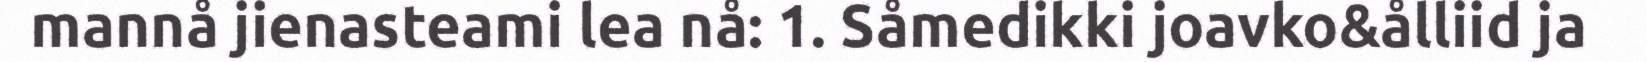
mannå jienasteami lea nå: 1. Såmedikki joavko&ålliid ja